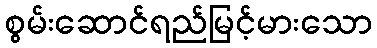
စွမ်းဆောင်ရည်မြင့်မားသော